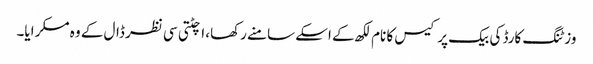
وزٹنگ کارڈ کی بیک پر کیس کا نام لکھ کے اسکے سامنے رکھا، اچٹتی سی نظر ڈال کے وہ مسکرایا۔